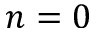
n = 0